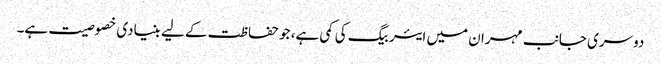
دوسری جانب مہران میں ایئربیگ کی کمی ہے، جو حفاظت کے لیے بنیادی خصوصیت ہے۔